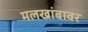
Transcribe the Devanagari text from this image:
मलखांबावर